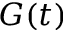
G ( t )